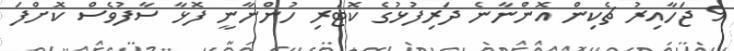
9 ޖަހާއިރު ޗެކިން އޮންނާނެ ދަރިފުޅުގެ ކޮޓަރި ހުންނާނީ ފޮޅާ ސާފުވެސް ކޮށްފަ